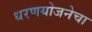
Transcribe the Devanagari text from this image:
धरणयोजनेचा